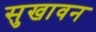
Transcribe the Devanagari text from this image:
सुखावन